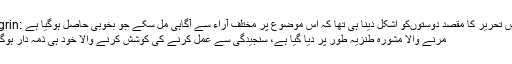
اس تحریر کا مقصد دوستوں‌کو اشکل دینا ہی تھا کہ اس موضوع پر مختلف آراء سے آگاہی مل سکے جو بخوبی حاصل ہوگیا ہے :grin:
مرنے والا مشورہ طنزیہ طور پر دیا گیا ہے، سنجیدگی سے عمل کرنے کی کوشش کرنے والا خود ہی ذمہ دار ہوگا۔